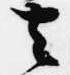
去